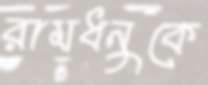
রামধনুকে